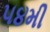
૫૪મી